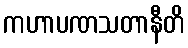
ကဟာပဏသတာနီတိ